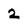
Character: 2